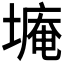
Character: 𮰫